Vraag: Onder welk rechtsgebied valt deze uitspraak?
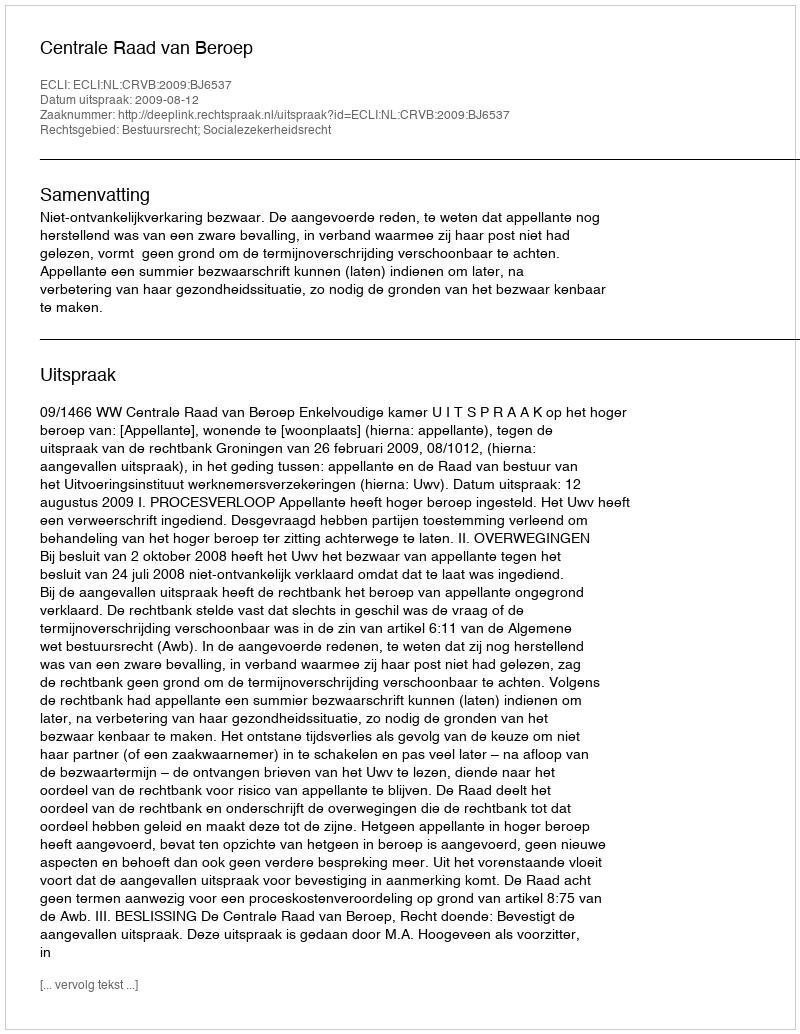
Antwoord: Bestuursrecht; Socialezekerheidsrecht